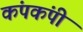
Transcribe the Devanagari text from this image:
कंपकंपीं